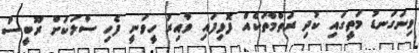
ވިނަގަނޑު މަތީގައި ކުދި ރަތްމާތަކެއް ފޮޅިފައި ވާއިރު ހީވަނީ ފެހި ސާލަކަށް ރޫބީސް